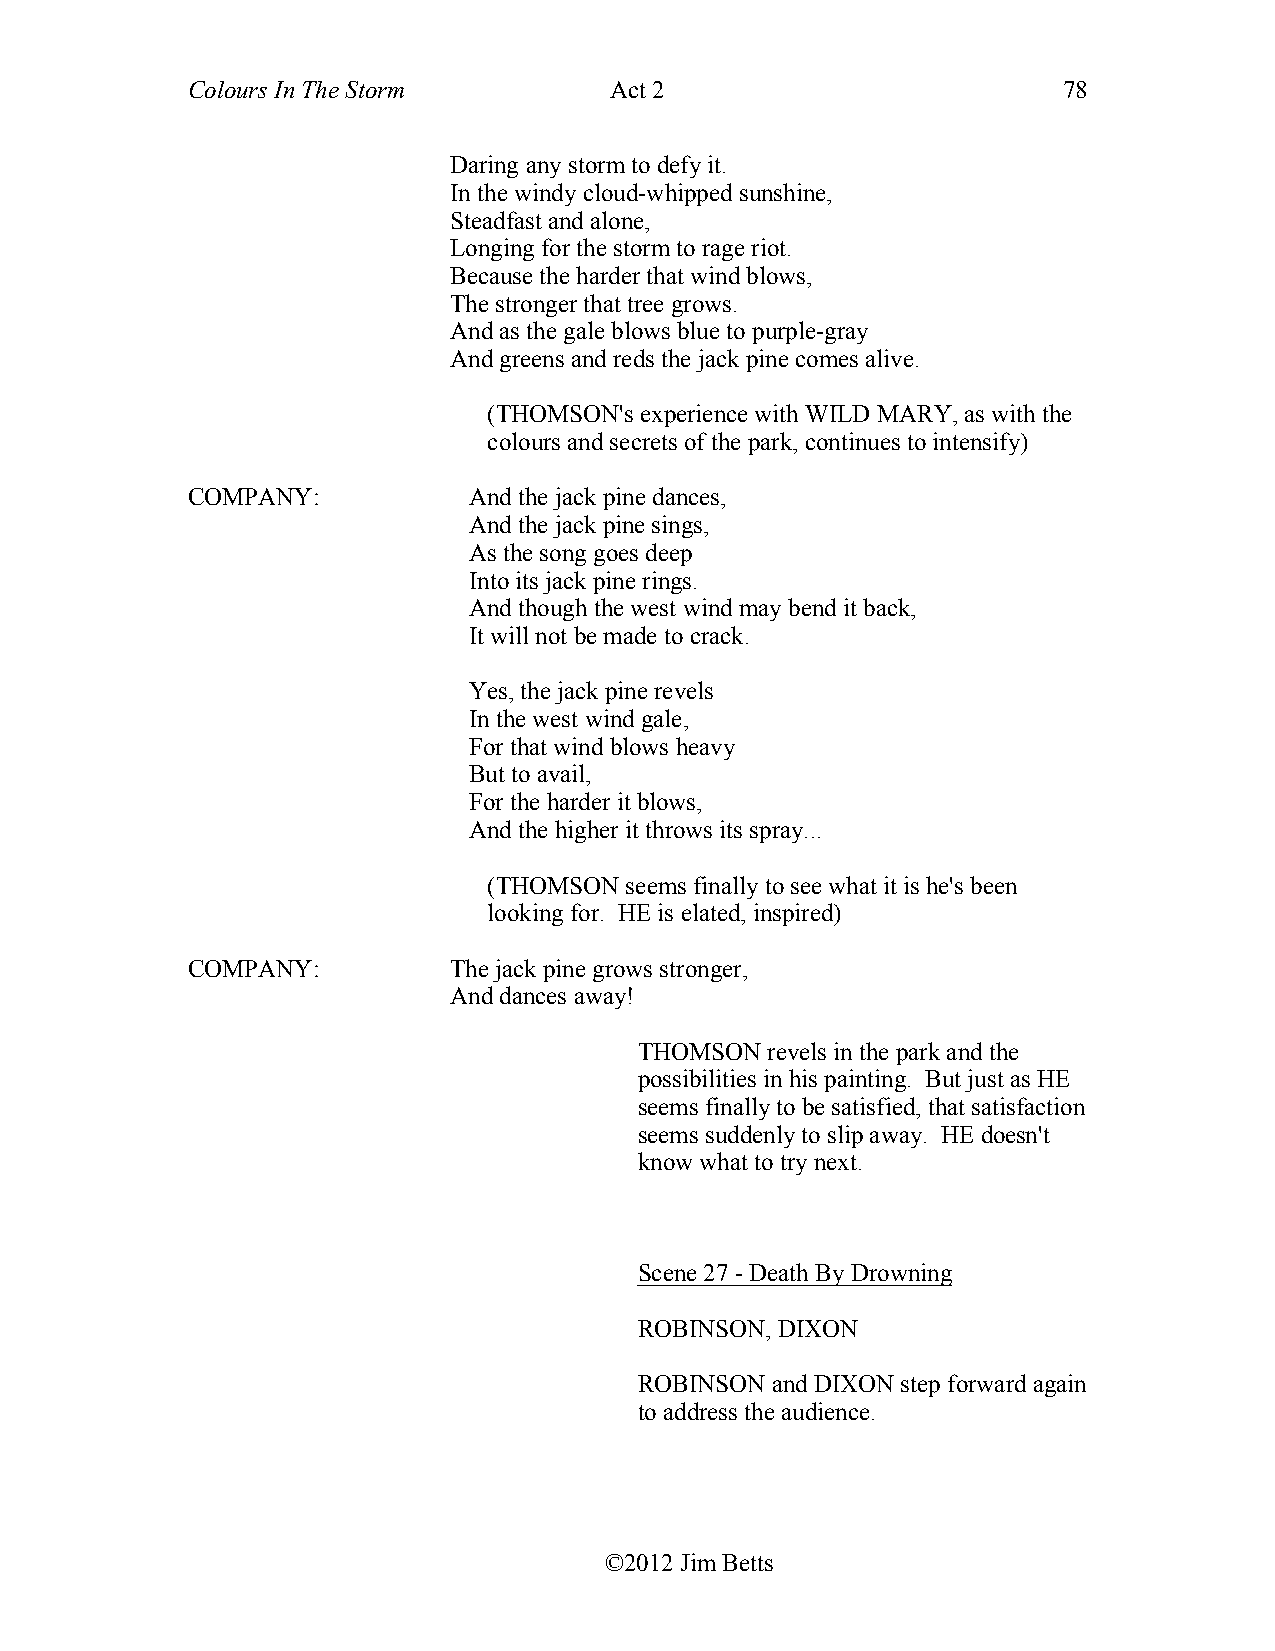
Colours In The Storm        Act 2                         78
 Daring any storm to defy it.
 In the windy cloud-whipped sunshine,
 Steadfast and alone,
 Longing for the storm to rage riot.
 Because the harder that wind blows,
 The stronger that tree grows.
 And as the gale blows blue to purple-gray
 And greens and reds the jack pine comes alive.
 (THOMSON's experience with WILD MARY, as with the
 colours and secrets of the park, continues to intensify)
 COMPANY:           And the jack pine dances,
 And the jack pine sings,
 As the song goes deep
 Into its jack pine rings.
 And though the west wind may bend it back,
 It will not be made to crack.
 Yes, the jack pine revels
 In the west wind gale,
 For that wind blows heavy
 But to avail,
 For the harder it blows,
 And the higher it throws its spray...
 (THOMSON seems finally to see what it is he's been
 looking for. HE is elated, inspired)
 COMPANY:          The jack pine grows stronger,
 And dances away!
 THOMSON  revels in the park and the
 possibilities in his painting. But just as HE
 seems finally to be satisfied, that satisfaction
 seems suddenly to slip away. HE doesn't
 know what to try next.
 Scene 27 - Death By Drowning
 ROBINSON, DIXON
 ROBINSON and DIXON step forward again
 to address the audience.
 ©2012 Jim Betts